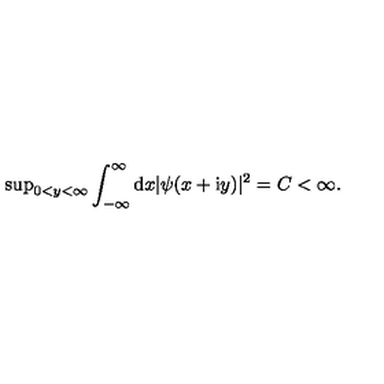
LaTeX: \mathrm { s u p } _ { 0 < y < \infty } \int _ { - \infty } ^ { \infty } \mathrm { d } x | \psi ( x + \mathrm { i } y ) | ^ { 2 } = C < \infty .